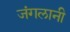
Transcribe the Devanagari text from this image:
जंगलानी